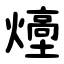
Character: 㸀